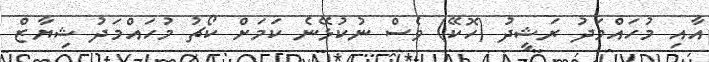
އާއި މުހައްމަދު ރަޝީދު (ހޮކޭ) ވެސް ނުކުޅޭނެ ކަމަށް ކޯޗު މުހައްމަދު ޝިޔާޒް